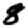
Digit: 8